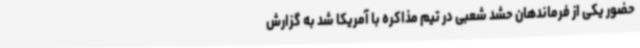
حضور یکی از فرماندهان حشد شعبی در تیم مذاکره با آمریکا شد به گزارش